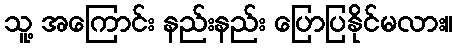
သူ့ အကြောင်း နည်းနည်း ပြောပြနိုင်မလား။